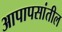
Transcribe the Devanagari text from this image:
आपापसांतील